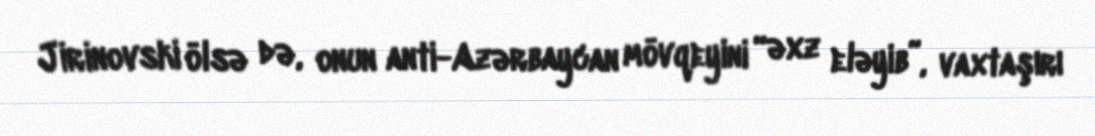
Jirinovski ölsə də, onun anti-Azərbaycan mövqeyini “əxz eləyib”, vaxtaşırı